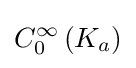
C_{0}^{\infty }\left(K_{a}\right)